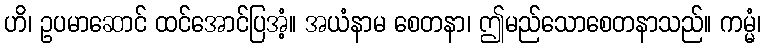
ဟိ၊ ဥပမာဆောင် ထင်အောင်ပြအံ့။ အယံနာမ စေတနာ၊ ဤမည်သောစေတနာသည်။ ကမ္မံ၊